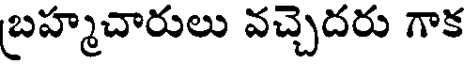
బ్రహ్మచారులు వచ్చెదరు గాక